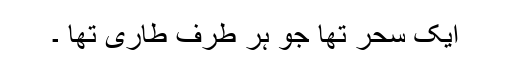
ایک سحر تھا جو ہر طرف طاری تھا ۔